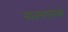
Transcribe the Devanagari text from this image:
नातलगांमध्ये